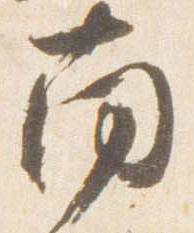
南